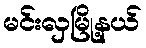
မင်းလှမြို့နယ်